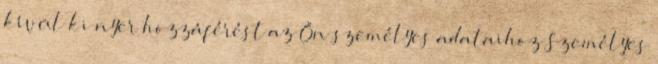
kívül ki nyer hozzáférést az Ön személyes adataihoz Személyes